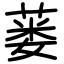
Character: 蒌